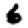
Digit: 6